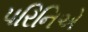
પરિનિએ